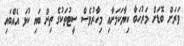
ވަރަށް ބޮޑަށް މަރުހަބާ ކިޔާކަމަށާއި މިހާރުވެސް ސީޓުތަކުގެ ތިން ބައި ކުޅަ އެއްބައި